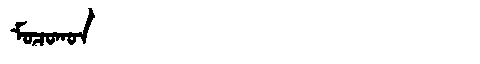
Manchu: ᠮᠣᠴᠣᡴᠣᠨ
Romanization: MOCOKON